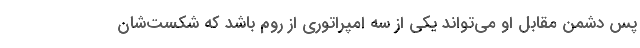
پس دشمن مقابل او می‌تواند یکی از سه امپراتوری از روم باشد که شکست‌شان